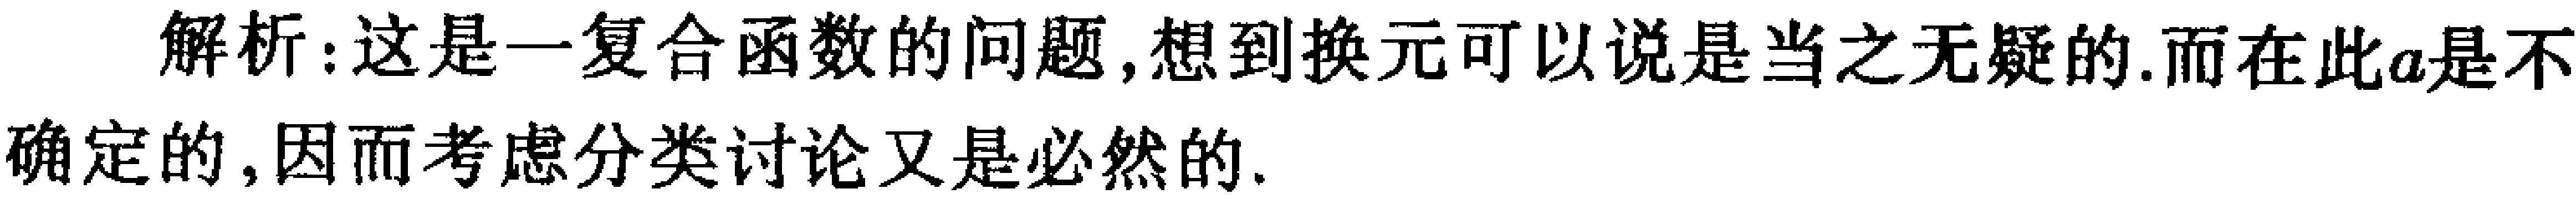
解析：这是一复合函数的问题,想到换元可以说是当之无愧的.而在此\(a\)是不确定的,因而考虑分类讨论又是必然的.